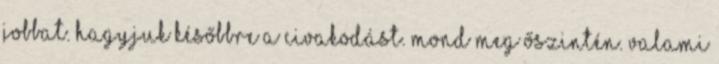
jobbat. Hagyjuk későbbre a civakodást. Mond meg őszintén. Valami